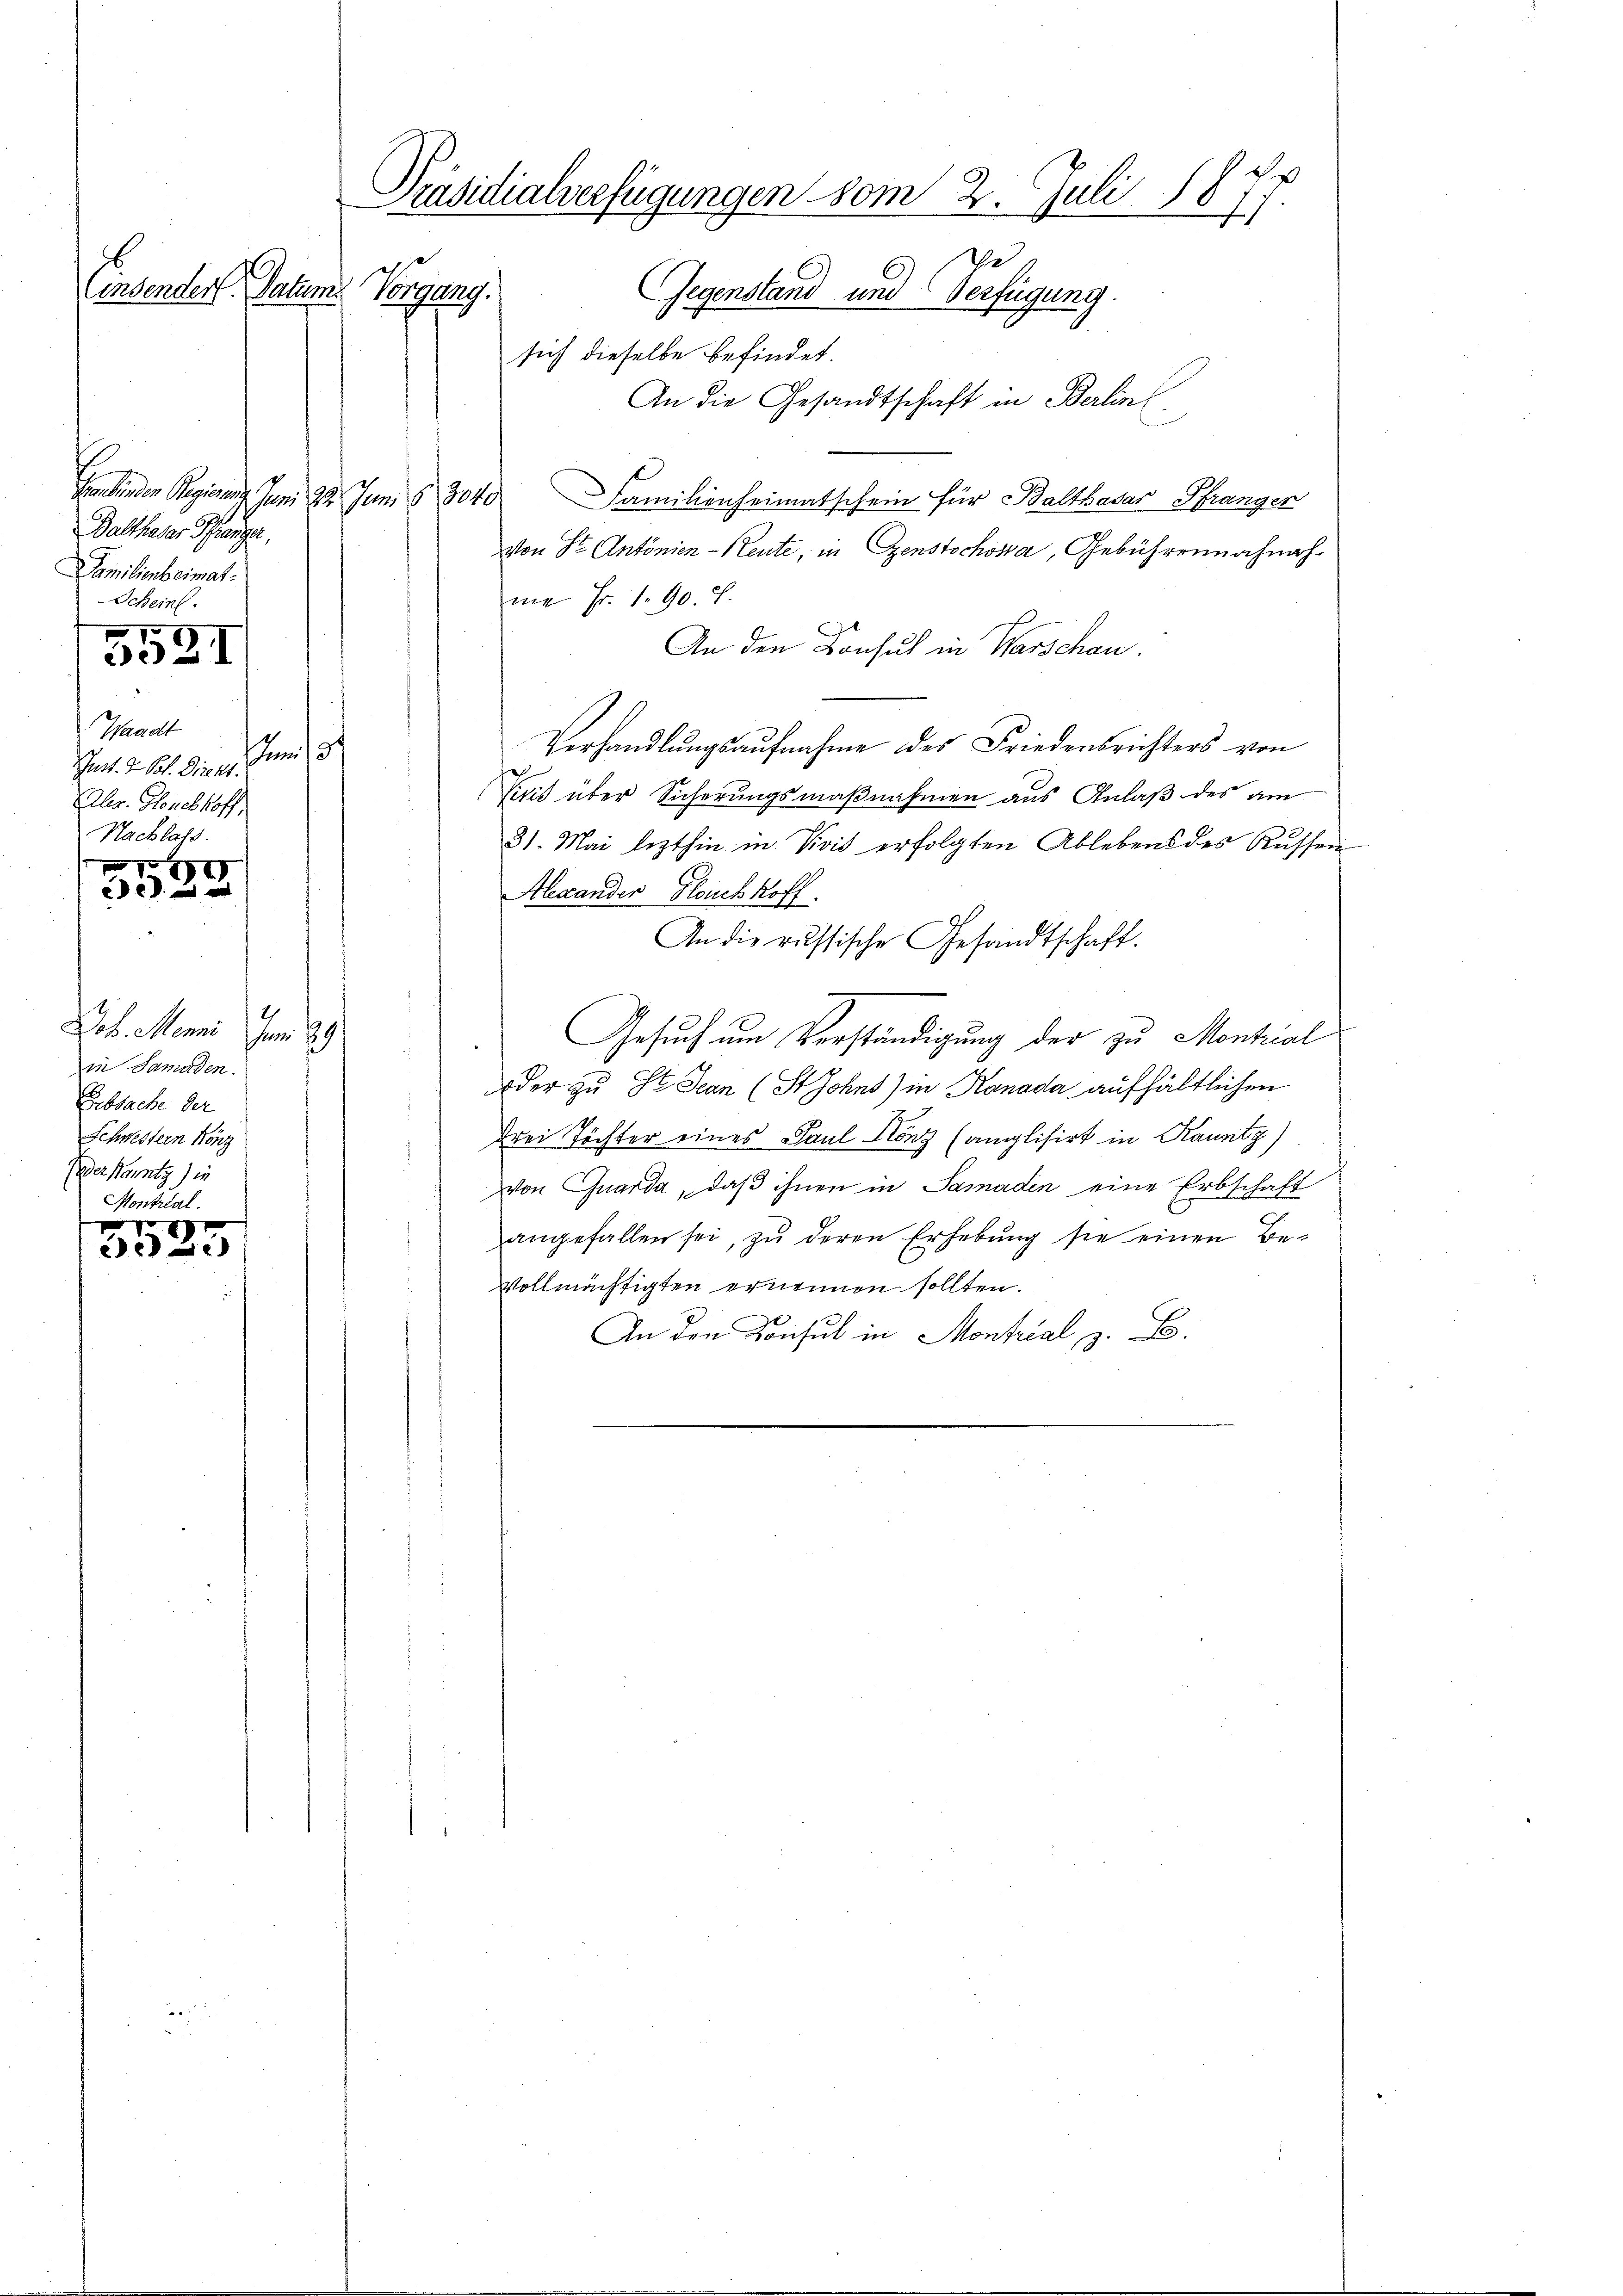
Einsenden Datum Vorgang.

Balthaser Schange,
Familienheimat.
Scheint.
Waadt
hart. 2. St. Giren. Juni 18
Aler. Honchhoff
Nachlass
4
 0 x

70
3321

xx
x

Dob. Menni
m 19.
in Samorden.
Erbsache der
Schwestern Höng
(oder kanntg) in
Montrial

Präsidialerfügungen vom 2. Juli 187.
che
Gegenstand und Verfügung.

sich dieselbe befindet.
An die Gesandtschaft in Berline
Serbinden Regieng Juni 28. Juni § 3040 Familienheimatschein für Balthasar Stranger
von Sr. Antonien-Reute, in Genstochowa, Gebührennachnah-
me Fr. 1. 90. P.
An den Consul in Warschau.
Verhandlŭngsaŭfnahme des Friedensrichters von
Veit über Sicherungsmaßnahmen aus Anlaß des am
31. Mai lezthin in Vivis erfolgten Ablebens des Russen
Alexander Hauch hoff
An die russische Gesandtschaft.
Gesuch um Verständigung der zu Montial
oder zu St. Jean (Stjohns) in Kanada aufhältlichen
drei Töchter eines Paul Könz (anglisirt in Kanntg)
von Chuarda, daß ihnen in Samadin eine Erbschaft
angefallen sei, zu deren Erhebung sie einen Be-
vollmächtigten ernennen sollten.
An den Konsul in Montrial z. B.